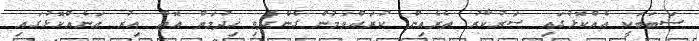
ސަބަބަކީ އެއްކޮޅުގައި ސަރުކާރު ތެރެއިން ކުރައްވަމުން ގެންދެވި ޚިދުމަތް އޮތް އިރު އަނެއްކޮޅުގައި